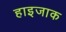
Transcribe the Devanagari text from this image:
हाइजाक